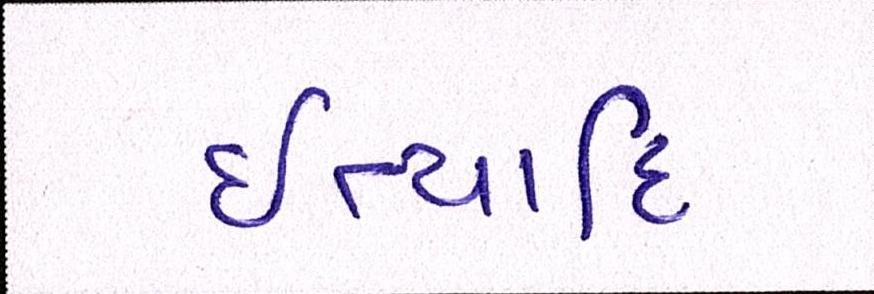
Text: ઈત્યાદિ